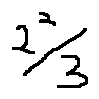
2 ^ { 2 } / 3